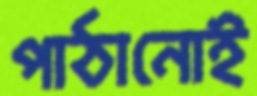
পাঠানোই